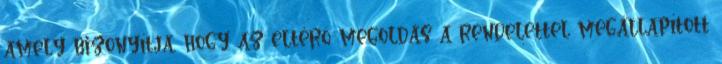
amely bizonyítja, hogy az eltérõ megoldás a rendelettel megállapított